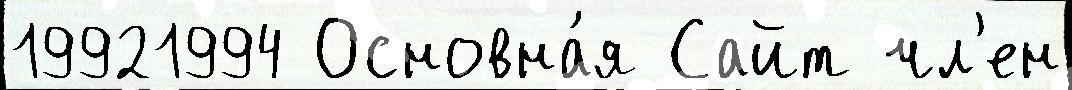
19921994 Основна́я Сайт чл'ен